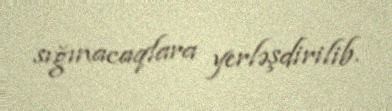
sığınacaqlara yerləşdirilib.